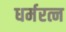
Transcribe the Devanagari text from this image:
धर्मरत्न